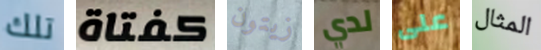
تلك كفتاة زيتون لدي على المثال